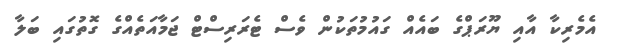
އެމެރިކާ އާއި ޔޫރަޕްގެ ބައެއް ގައުމުތަކުން ވެސް ޓެރަރިސްޓް ޖަމާއަތެއްގެ ގޮތުގައި ބަލާ